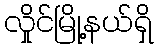
လှိုင်မြို့နယ်ရှိ